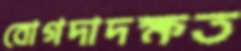
বোগদাদক্ষত